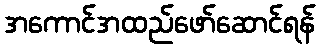
အကောင်အထည်ဖော်ဆောင်ရန်